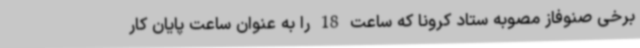
برخی صنوفاز مصوبه ستاد کرونا که ساعت 18 را به عنوان ساعت پایان کار